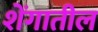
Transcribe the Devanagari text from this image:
शेंगातील